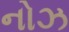
નોઝ